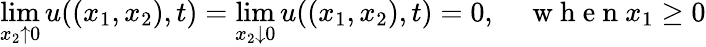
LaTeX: \operatorname*{lim}_{x_{2}\uparrow 0}u((x_{1},x_{2}),t)=\operatorname*{lim}_{x_{2}\downarrow 0}u((x_{1},x_{2}),t)=0,\quad\mathrm{~w~h~e~n~}x_{1}\geq 0